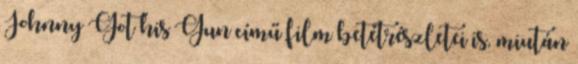
Johnny Got his Gun című film betétrészletei is, miután